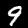
Digit: 9